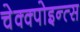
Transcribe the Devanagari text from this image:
चेक्क्पोइन्त्स